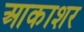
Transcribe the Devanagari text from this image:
आकाशर